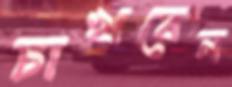
চাখবেন